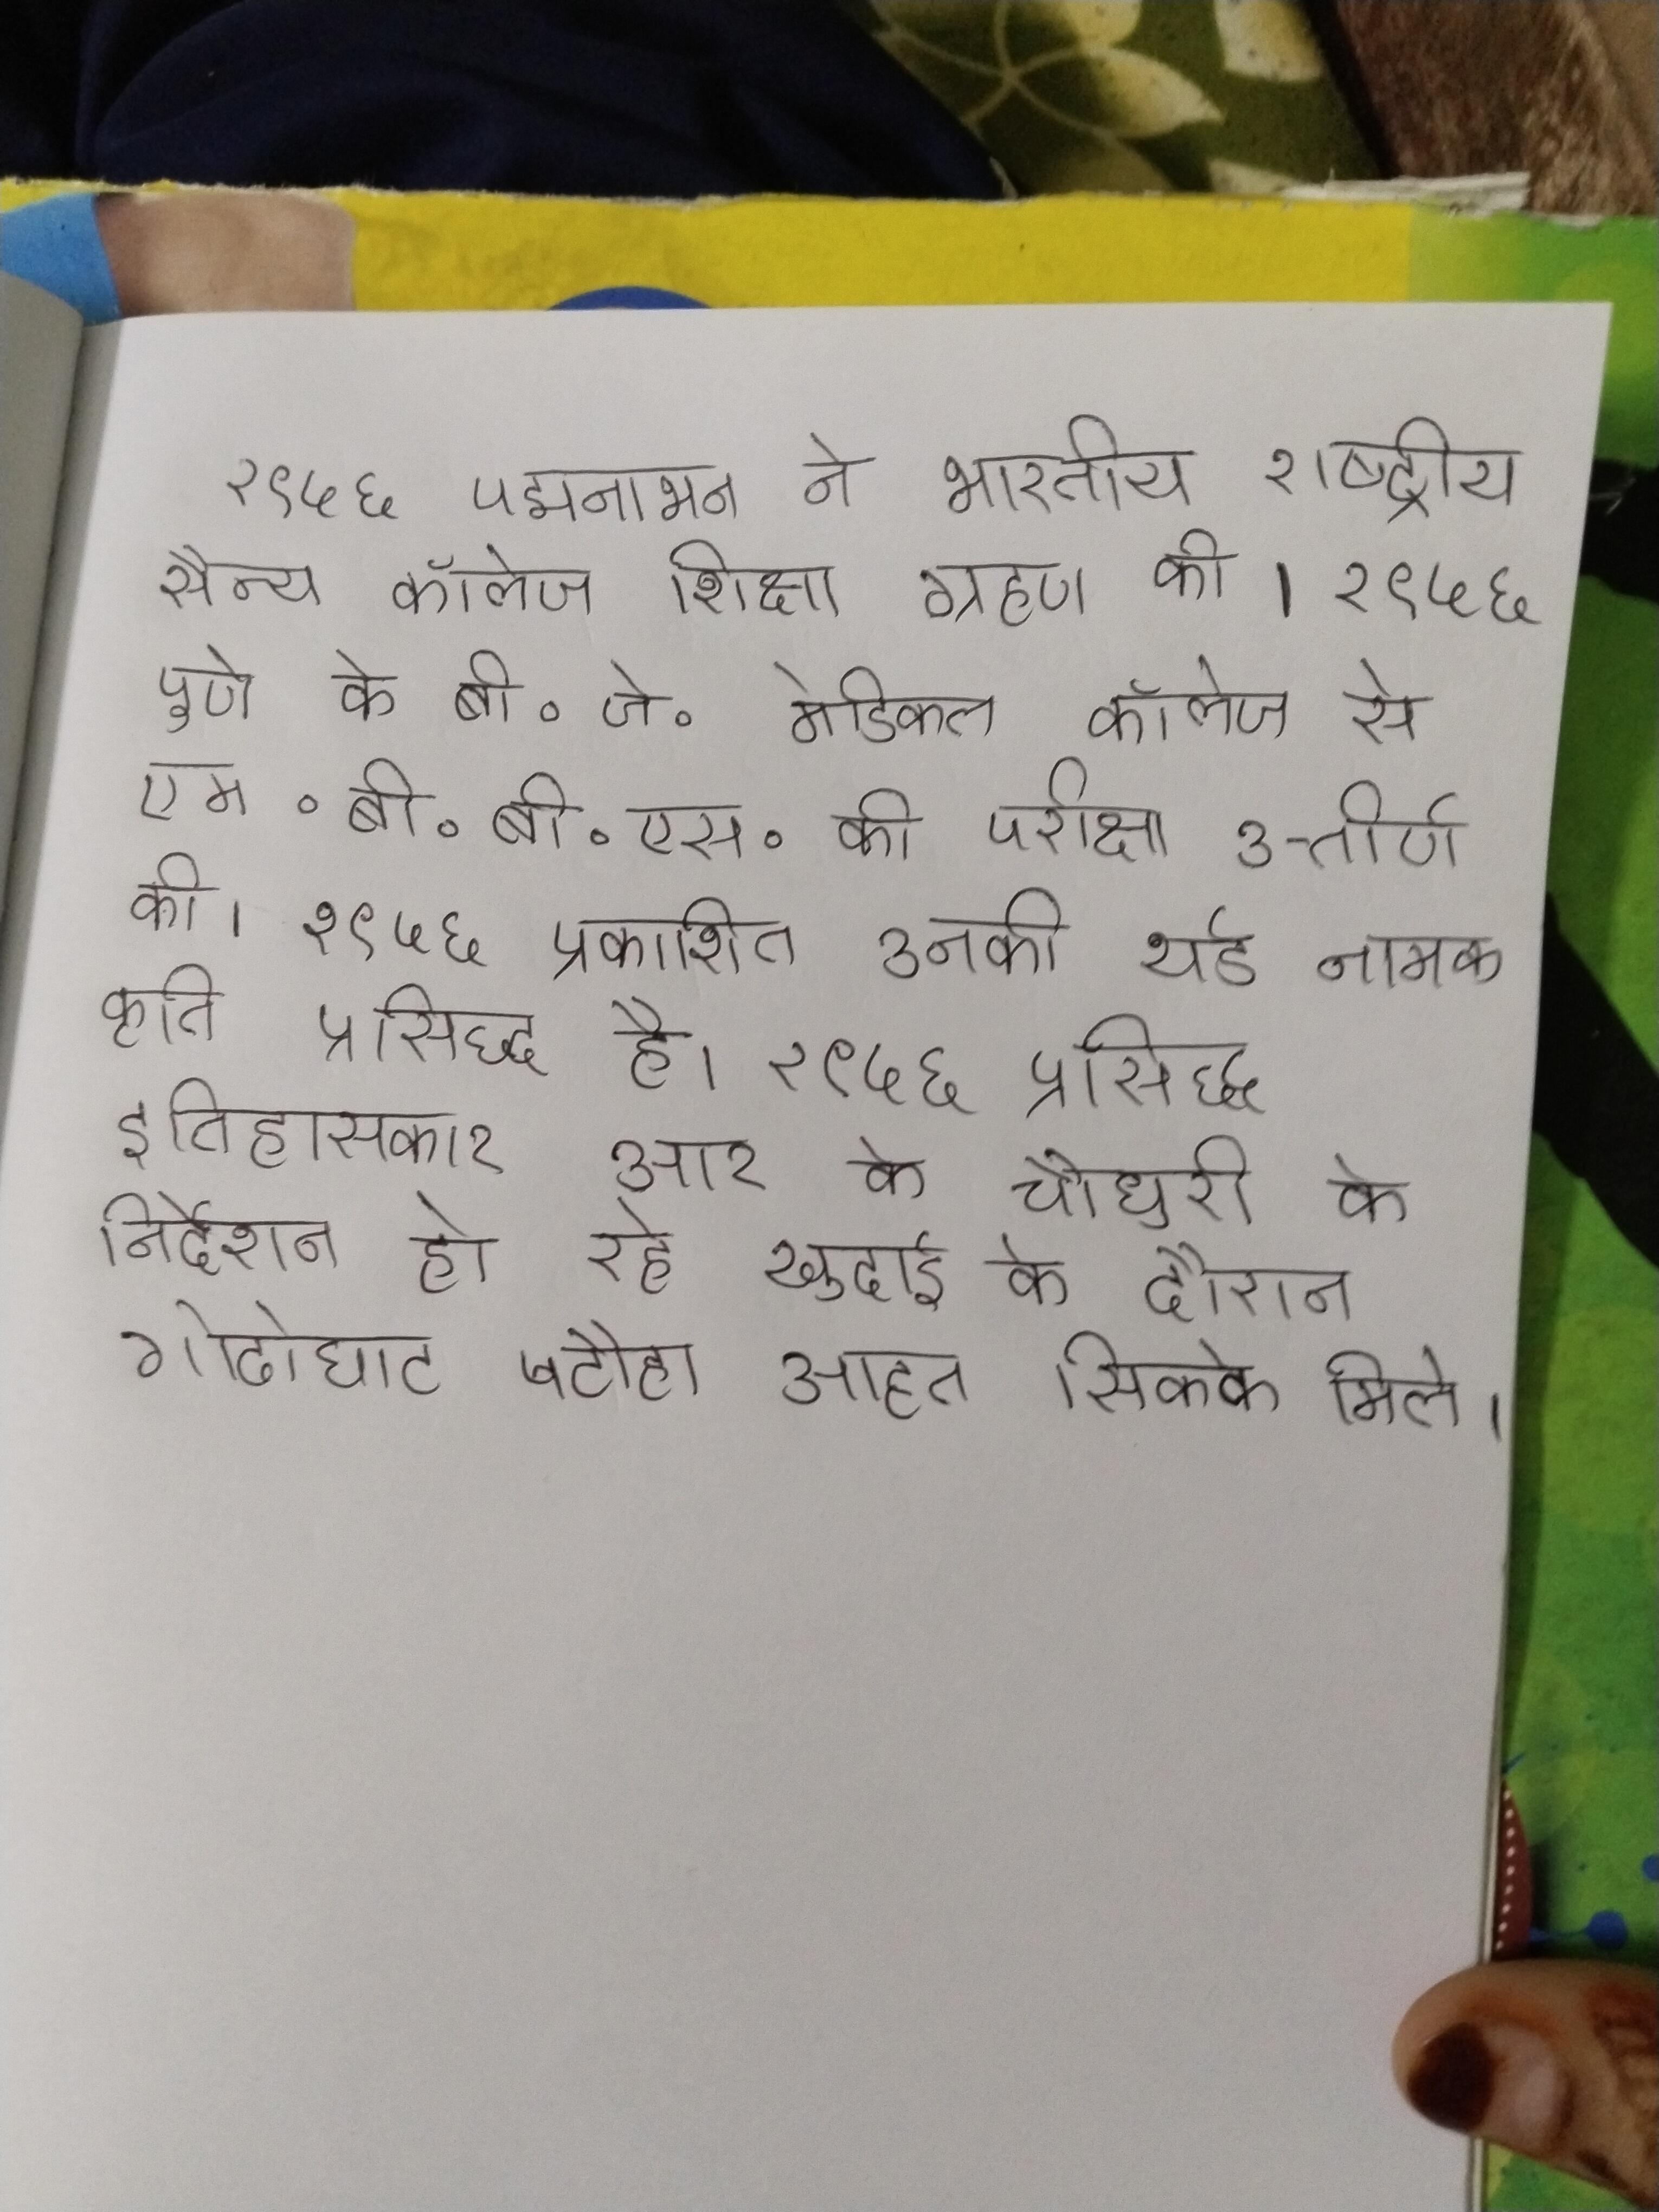
१९५६ पद्मनाभन ने भारतीय राष्ट्रीय सैन्य कॉलेज शिक्षा ग्रहण की । १९५६ पुणे के बी॰ जे॰ मेडिकल कॉलेज से एम॰बी॰बी॰एस॰ की परीक्षा उत्तीर्ण की । १९५६ प्रकाशित उनकी थर्ड नामक कृति प्रसिद्ध है । १९५६ प्रसिद्ध इतिहासकार आर के चौधुरी के निर्देशन हो रहे खुदाई के दौरान गोढोघाट पटौहा आहत सिक्के मिले ।